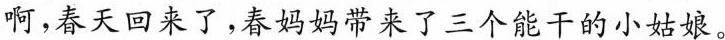
啊，春天回来了，春妈妈带来了三个能干的小姑娘。